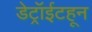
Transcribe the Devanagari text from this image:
डेट्रॉईटहून